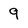
Character: 9